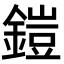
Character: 鎧